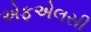
એફએલસી